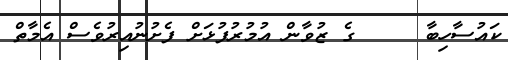
ކައުސާހިބާ     ގެ ޒުވާން އުމުރުފުޅަށް ފެށުނުއިރުވެސް އެމާތް